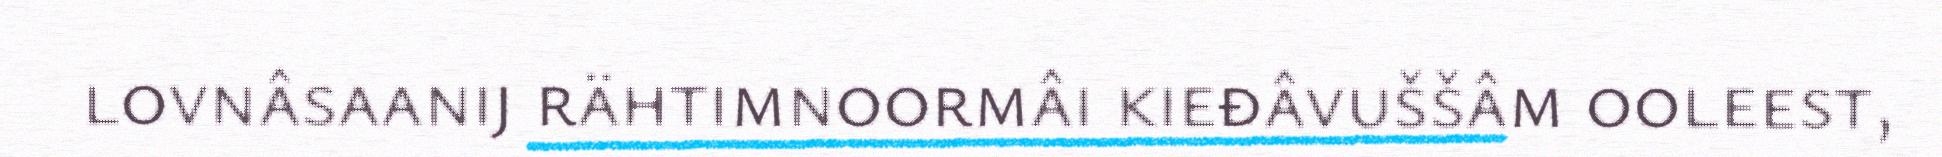
lovnâsaanij rähtimnoormâi kieđâvuššâm ooleest,